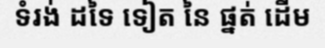
ទំរង់ ដទៃ ទៀត នៃ ផ្នត់ ដើម